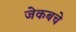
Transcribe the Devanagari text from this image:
जेकबचे